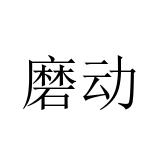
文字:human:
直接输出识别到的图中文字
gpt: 磨动